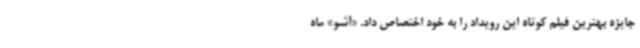
جایزه بهترین فیلم کوتاه این رویداد را به خود اختصاص داد. «آشو» ماه